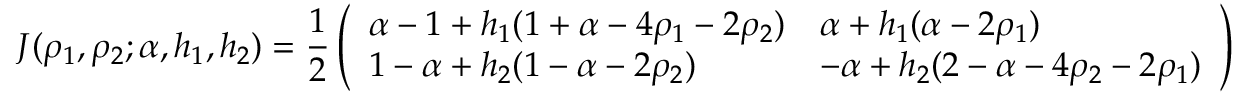
J ( \rho _ { 1 } , \rho _ { 2 } ; \alpha , h _ { 1 } , h _ { 2 } ) = \frac { 1 } { 2 } \left( \begin{array} { l l } { \alpha - 1 + h _ { 1 } ( 1 + \alpha - 4 \rho _ { 1 } - 2 \rho _ { 2 } ) } & { \alpha + h _ { 1 } ( \alpha - 2 \rho _ { 1 } ) } \\ { 1 - \alpha + h _ { 2 } ( 1 - \alpha - 2 \rho _ { 2 } ) } & { - \alpha + h _ { 2 } ( 2 - \alpha - 4 \rho _ { 2 } - 2 \rho _ { 1 } ) } \end{array} \right)